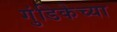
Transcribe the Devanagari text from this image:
गुंडिकेच्या